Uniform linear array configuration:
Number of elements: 24
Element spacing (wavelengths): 0.75
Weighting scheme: cosine
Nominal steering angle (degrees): -45
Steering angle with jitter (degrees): -46.243
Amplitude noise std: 0.05
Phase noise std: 0.05

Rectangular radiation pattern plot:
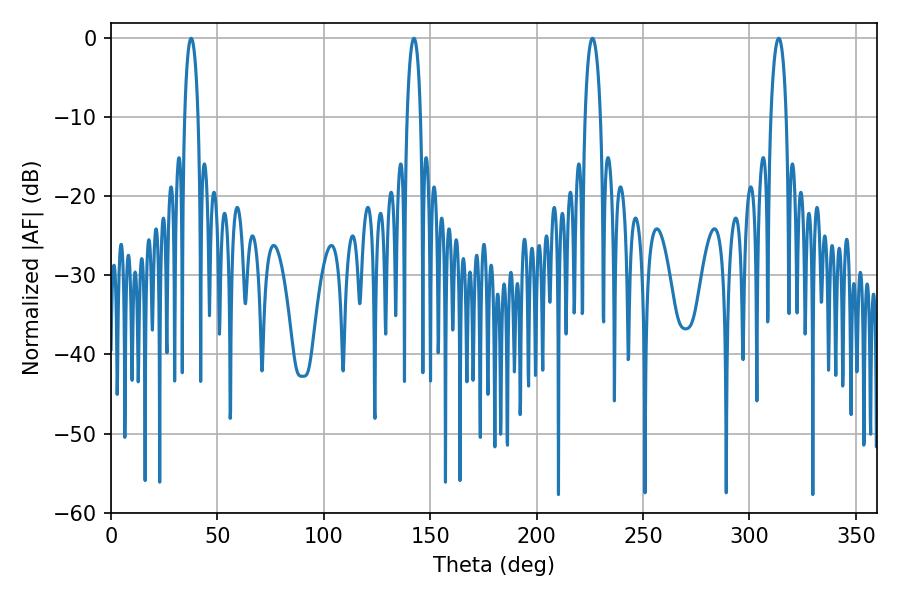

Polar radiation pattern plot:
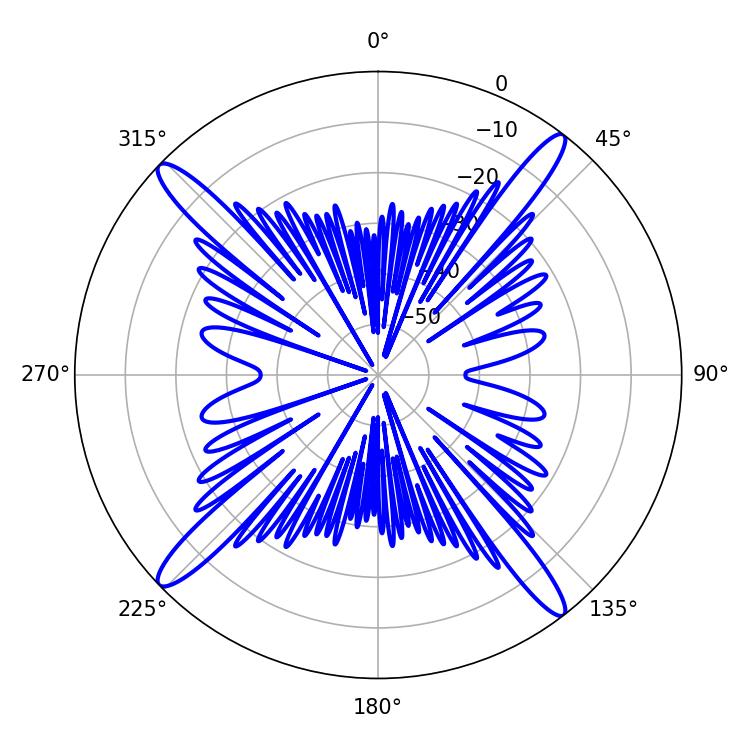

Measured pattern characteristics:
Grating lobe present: TRUE
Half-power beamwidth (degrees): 4.14
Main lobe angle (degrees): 226.26